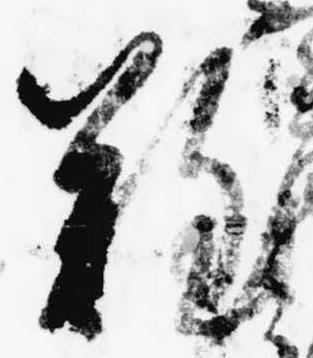
難